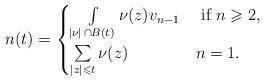
LaTeX: \begin{align*}n(t) =\begin{cases}\int\limits_{|\nu|\,\cap B(t)}\nu(z) v_{n-1} & \text { if } n \geqslant 2,\\\sum\limits_{|z|\leqslant t} \nu (z) & n=1.\end{cases}\end{align*}